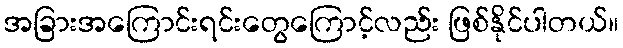
အခြားအကြောင်းရင်းတွေကြောင့်လည်း ဖြစ်နိုင်ပါတယ်။